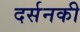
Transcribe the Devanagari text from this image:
दर्सनकी